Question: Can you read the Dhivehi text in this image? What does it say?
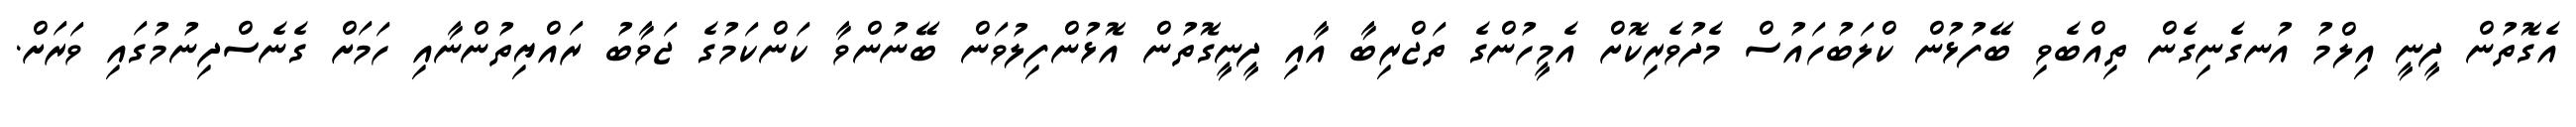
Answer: އެގޮތުން ދީނީ އިލްމު އުނގެނިގެން ތިއްބެވި ބޭފުޅުން ކްލަބުހައުސް މެދުވެރިކޮށް އެމީހުންގެ ތަޖްރިބާ އާއި ދީނީގޮތުން އޮޅުންފިލުވަން ބޭނުންވާ ކަންކަމުގެ ޖަވާބު ރައްޔިތުންނާއި ހަމަށް ގެނެސްދިނުމުގައި ވަރަށް.